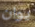
يوان